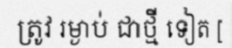
ត្រូវ រម្ងាប់ ជាថ្មី ទៀត [